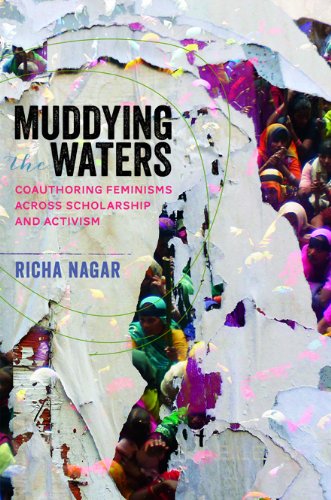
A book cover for Muddying the Waters: Coauthoring Feminisms across Scholarship and Activism (Dissident Feminisms); Richa Nagar; Gay & Lesbian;